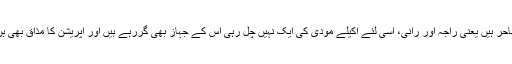
ادھر دو ساحر ہیں یعنی راجہ اور رانی، اسی لئے اکیلے مودی کی ایک نہیں چل رہی اس کے جہاز بھی گررہے ہیں اور آپریشن کا مذاق بھی بن رہا ہے۔